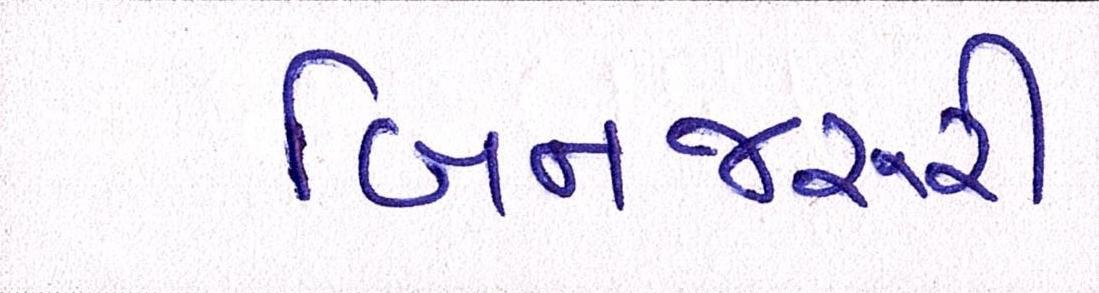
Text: બિનજરૂરી